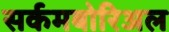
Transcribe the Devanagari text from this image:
सर्कमबोरिअल